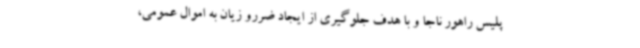
پلیس راهور ناجا و با هدف جلوگیری از ایجاد ضررو زیان به اموال عمومی،